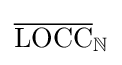
{\overline {\operatorname {LOCC} }}_{\mathbb {N} }